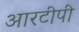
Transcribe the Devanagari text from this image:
आरटीपी